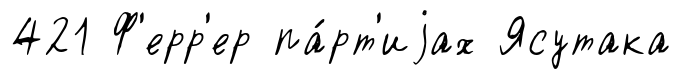
421 Ф'ерр'ер па́рт'иjах Ясутака